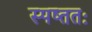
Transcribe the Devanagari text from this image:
स्पष्ततः